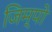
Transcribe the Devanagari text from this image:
जिम्पो